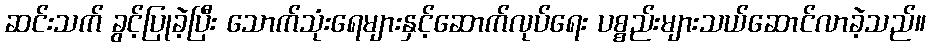
ဆင်းသက် ခွင့်ပြုခဲ့ပြီး သောက်သုံးရေများနှင့်ဆောက်လုပ်ရေး ပစ္စည်းများသယ်ဆောင်လာခဲ့သည်။